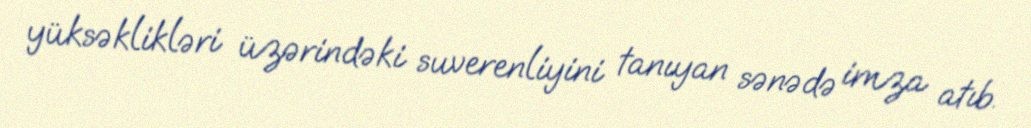
yüksəklikləri üzərindəki suverenliyini tanıyan sənədə imza atıb.